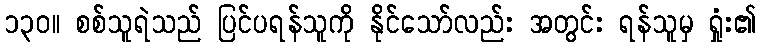
၁၃၀။ စစ်သူရဲသည် ပြင်ပရန်သူကို နိုင်သော်လည်း အတွင်း ရန်သူမှ ရှုံး၏